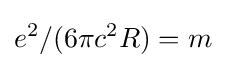
e^{2}/(6\pi c^{2}R)=m